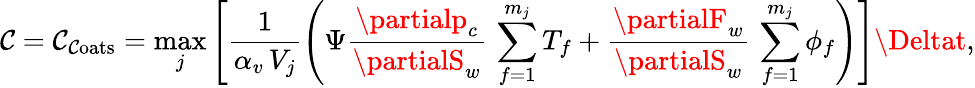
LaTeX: \mathcal{C}=\mathcal{C}_{\mathrm{{\mathcal{C}oats}}}=\operatorname*{max}_{j}\left[\frac{{1}}{{\alpha_{v}\, V_{j}}}\left(\Psi\frac{{\partialp_{c}}}{{\partialS_{w}}}\, \sum_{f=1}^{m_{j}}T_{f}+\frac{{\partialF_{w}}}{{\partialS_{w}}}\, \sum_{f=1}^{m_{j}}\phi_{f}\right)\right]\Deltat,